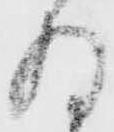
存